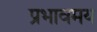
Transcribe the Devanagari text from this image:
प्रभावमय